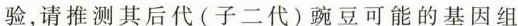
验，请推测其后代(子二代)豌豆可能的基因组